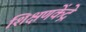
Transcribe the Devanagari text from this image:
शिक्षणकेंद्रे